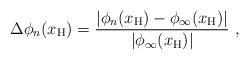
LaTeX: \begin{align*}\Delta \phi_n(x_{\rm H}) = \frac{|\phi_n(x_{\rm H}) - \phi_\infty (x_{\rm H})|} {|\phi_\infty (x_{\rm H})|}\ , \end{align*}